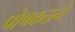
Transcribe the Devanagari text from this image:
पोषकतत्वे